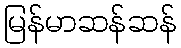
မြန်မာဆန်ဆန်